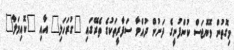
މިގޮތުން ވޮޔޮޖަސް ކުންފުނީގެ ދަށުން ދުއްވާ ސަފާރީތަކުގެ ތެރޭގައި "ގުރަހަލި" އާއި "ކޮއިމަލާ"